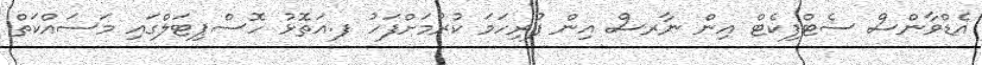
އެޑްވާންސް ސެޓްފިކެޓް އިން ނާރސް އިން ފުރިހަމަ ކުރުމަށްފަހު ފ.އަތޮޅު ހޮސްޕިޓަލްގައި މަސައްކަތް